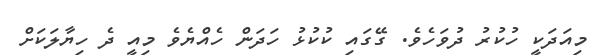
މިއަދަކީ ހުކުރު ދުވަހެވެ. ގޭގައި ކުކުޅު ހަދަން ހެއްޔެވެ މިއީ ދެ ހިޔާލަކަށް